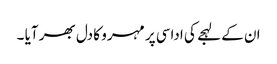
ان کے لہجے کی اداسی پر مہرو کا دل بھر آیا ۔